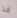
قد